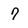
Character: 7